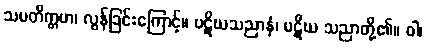
သမတိက္ကမာ၊ လွန်ခြင်းကြောင့်။ ပဋိဃသညာနံ၊ ပဋိဃ သညာတို့၏။ ဝါ၊